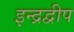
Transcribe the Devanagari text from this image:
इन्द्रद्वीप